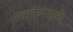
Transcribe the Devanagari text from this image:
स्वातंत्र्येसाठी